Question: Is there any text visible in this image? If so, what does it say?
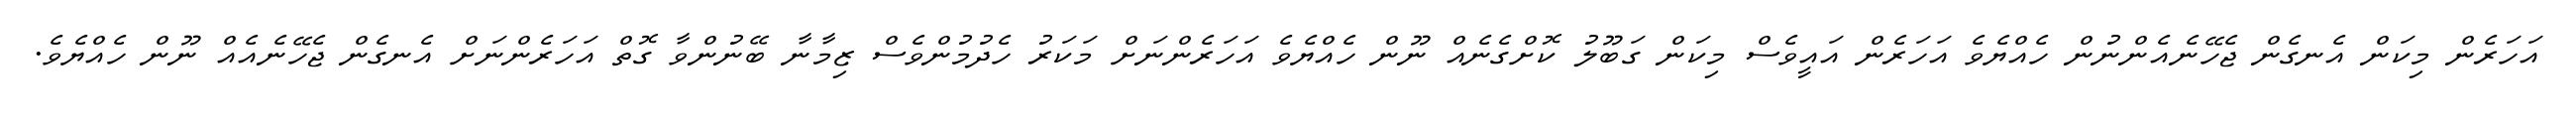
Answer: އަހަރެން މިކަން އެނގެން ޖެހޭނެއެންނުން ހެއްޔެވެ އަހަރެން އައީވެސް މިކަން ގަބޫލު ކޮށްގެނެއް ނޫން ހެއްޔެވެ އަހަރެންނަށް މަކަރު ހެދުމުންވެސް ޒިމާނާ ބޭނުންވާ ގޮތް އަހަރެންނަށް އެނގެން ޖެހޭނެއެއް ނޫން ހެއްޔެވެ.